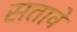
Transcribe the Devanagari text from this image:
सतावे